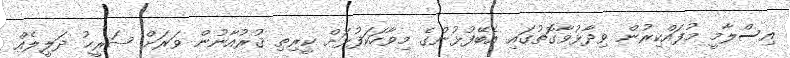
އިސްލާމީ މުފައްކިރުން ވިދާޅުވާގޮތުގައި އެބޭފުޅުންގެ މިވާހަކަފުޅަށް ކީރިތި ޤުރުއާނުން ވަރަށް ޞަރީޙު ދަލީލެއް